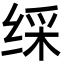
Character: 䌽